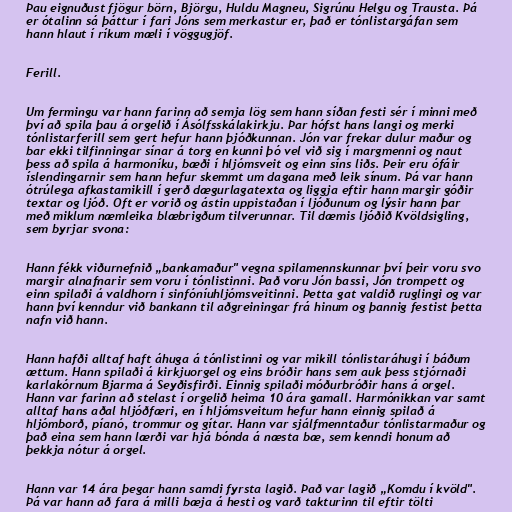
Þau eignuðust fjögur börn, Björgu, Huldu Magneu, Sigrúnu Helgu og Trausta. Þá
er ótalinn sá þáttur í fari Jóns sem merkastur er, það er tónlistargáfan sem
hann hlaut í ríkum mæli í vöggugjöf.

Ferill.

Um fermingu var hann farinn að semja lög sem hann síðan festi sér í minni með
því að spila þau á orgelið í Ásólfsskálakirkju. Þar hófst hans langi og merki
tónlistarferill sem gert hefur hann þjóðkunnan. Jón var frekar dulur maður og
bar ekki tilfinningar sínar á torg en kunni þó vel við sig í margmenni og naut
þess að spila á harmoníku, bæði í hljómsveit og einn síns liðs. Þeir eru ófáir
íslendingarnir sem hann hefur skemmt um dagana með leik sínum. Þá var hann
ótrúlega afkastamikill í gerð dægurlagatexta og liggja eftir hann margir góðir
textar og ljóð. Oft er vorið og ástin uppistaðan í ljóðunum og lýsir hann þar
með miklum næmleika blæbrigðum tilverunnar. Til dæmis ljóðið Kvöldsigling,
sem byrjar svona:

Hann fékk viðurnefnið „bankamaður" vegna spilamennskunnar því þeir voru svo
margir alnafnarir sem voru í tónlistinni. Það voru Jón bassi, Jón trompett og
einn spilaði á valdhorn í sinfóníuhljómsveitinni. Þetta gat valdið ruglingi og var
hann því kenndur við bankann til aðgreiningar frá hinum og þannig festist þetta
nafn við hann.

Hann hafði alltaf haft áhuga á tónlistinni og var mikill tónlistaráhugi í báðum
ættum. Hann spilaði á kirkjuorgel og eins bróðir hans sem auk þess stjórnaði
karlakórnum Bjarma á Seyðisfirði. Einnig spilaði móðurbróðir hans á orgel.
Hann var farinn að stelast í orgelið heima 10 ára gamall. Harmónikkan var samt
alltaf hans aðal hljóðfæri, en í hljómsveitum hefur hann einnig spilað á
hljómborð, píanó, trommur og gítar. Hann var sjálfmenntaður tónlistarmaður og
það eina sem hann lærði var hjá bónda á næsta bæ, sem kenndi honum að
þekkja nótur á orgel.

Hann var 14 ára þegar hann samdi fyrsta lagið. Það var lagið „Komdu í kvöld".
Þá var hann að fara á milli bæja á hesti og varð takturinn til eftir tölti